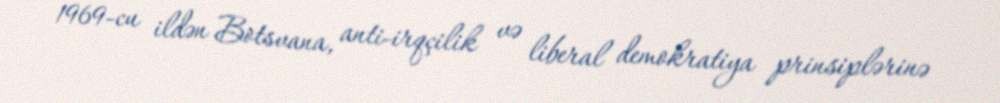
1969-cu ildən Botsvana, anti-irqçilik və liberal demokratiya prinsiplərinə